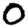
Digit: 0